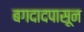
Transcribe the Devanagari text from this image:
बगदादपासून